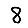
Digit: 8